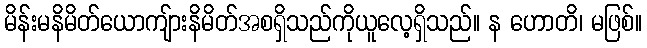
မိန်းမနိမိတ်ယောကျ်ားနိမိတ်အစရှိသည်ကိုယူလေ့ရှိသည်။ န ဟောတိ၊ မဖြစ်။